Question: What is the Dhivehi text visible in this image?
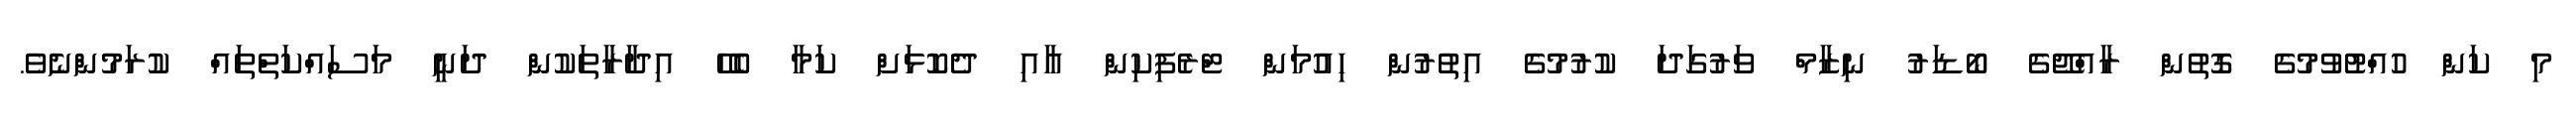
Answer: މި ކަން ހުއްޓުވުމުގެ ގޮތުން ރާއްޖޭގެ ބޯޑަރު ނިޒާމް ވަރުގަދަ ކުރުމުގެ އިތުރުން ހިއުމަން ޓްރެފިކިން އާއި ދެކޮޅަށް ކަމާ ބެހޭ އިދާރާތަކުން ދަނީ މަސައްކަތްތައް ކުރަމުންނެވެ.